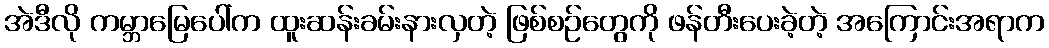
အဲဒီလို ကမ္ဘာမြေပေါ်က ထူးဆန်းခမ်းနားလှတဲ့ ဖြစ်စဉ်တွေကို ဖန်တီးပေးခဲ့တဲ့ အကြောင်းအရာက